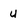
Character: u